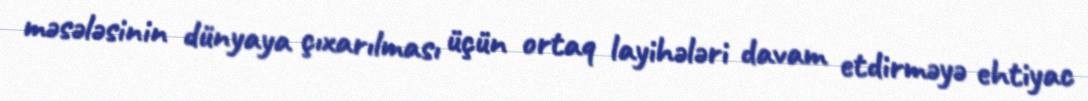
məsələsinin dünyaya çıxarılması üçün ortaq layihələri davam etdirməyə ehtiyac